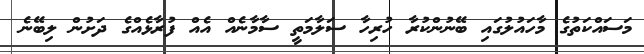
މަސައްކަތުގެ މާހައުލުގައި ބޭނުންކުރާ ހުރިހާ ސަލާމަތީ ސާމާނެއް އެއް ފުރާޅެއްގެ ދަށުން ލިބޭނެ